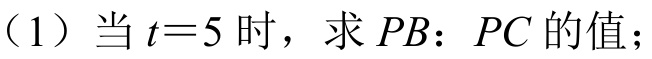
（1）当 \(t = 5\) 时，求 \(PB：PC\) 的值；